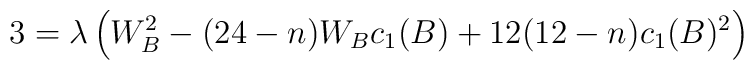
3= \lambda \left( W_{B}^{2}- (24-n)W_{B}c_{1}(B)     + 12(12-n)c_{1}(B)^{2} \right)